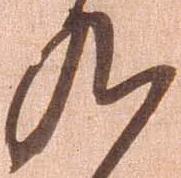
九